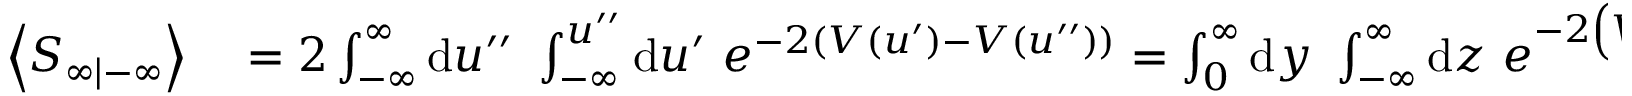
\begin{array} { r l } { \left\langle S _ { \infty | - \infty } \right\rangle } & { { } = 2 \int _ { - \infty } ^ { \infty } \mathrm { d } u ^ { \prime \prime } \ \int _ { - \infty } ^ { u ^ { \prime \prime } } \mathrm { d } u ^ { \prime } \ e ^ { - 2 ( V ( u ^ { \prime } ) - V ( u ^ { \prime \prime } ) ) } = \int _ { 0 } ^ { \infty } \mathrm { d } y \ \int _ { - \infty } ^ { \infty } \mathrm { d } z \ e ^ { - 2 \left( V \left( \frac { 1 } { 2 } \left( z - y \right) \right) - V \left( \frac { 1 } { 2 } \left( z + y \right) \right) \right) } = } \end{array}